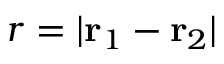
r = | \mathbf { r } _ { 1 } - \mathbf { r } _ { 2 } |